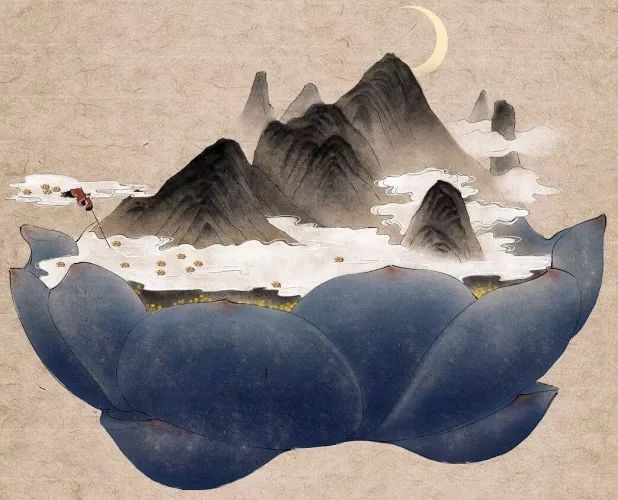
落叶人何在，寒云路几层。